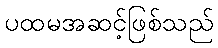
ပထမအဆင့်ဖြစ်သည်